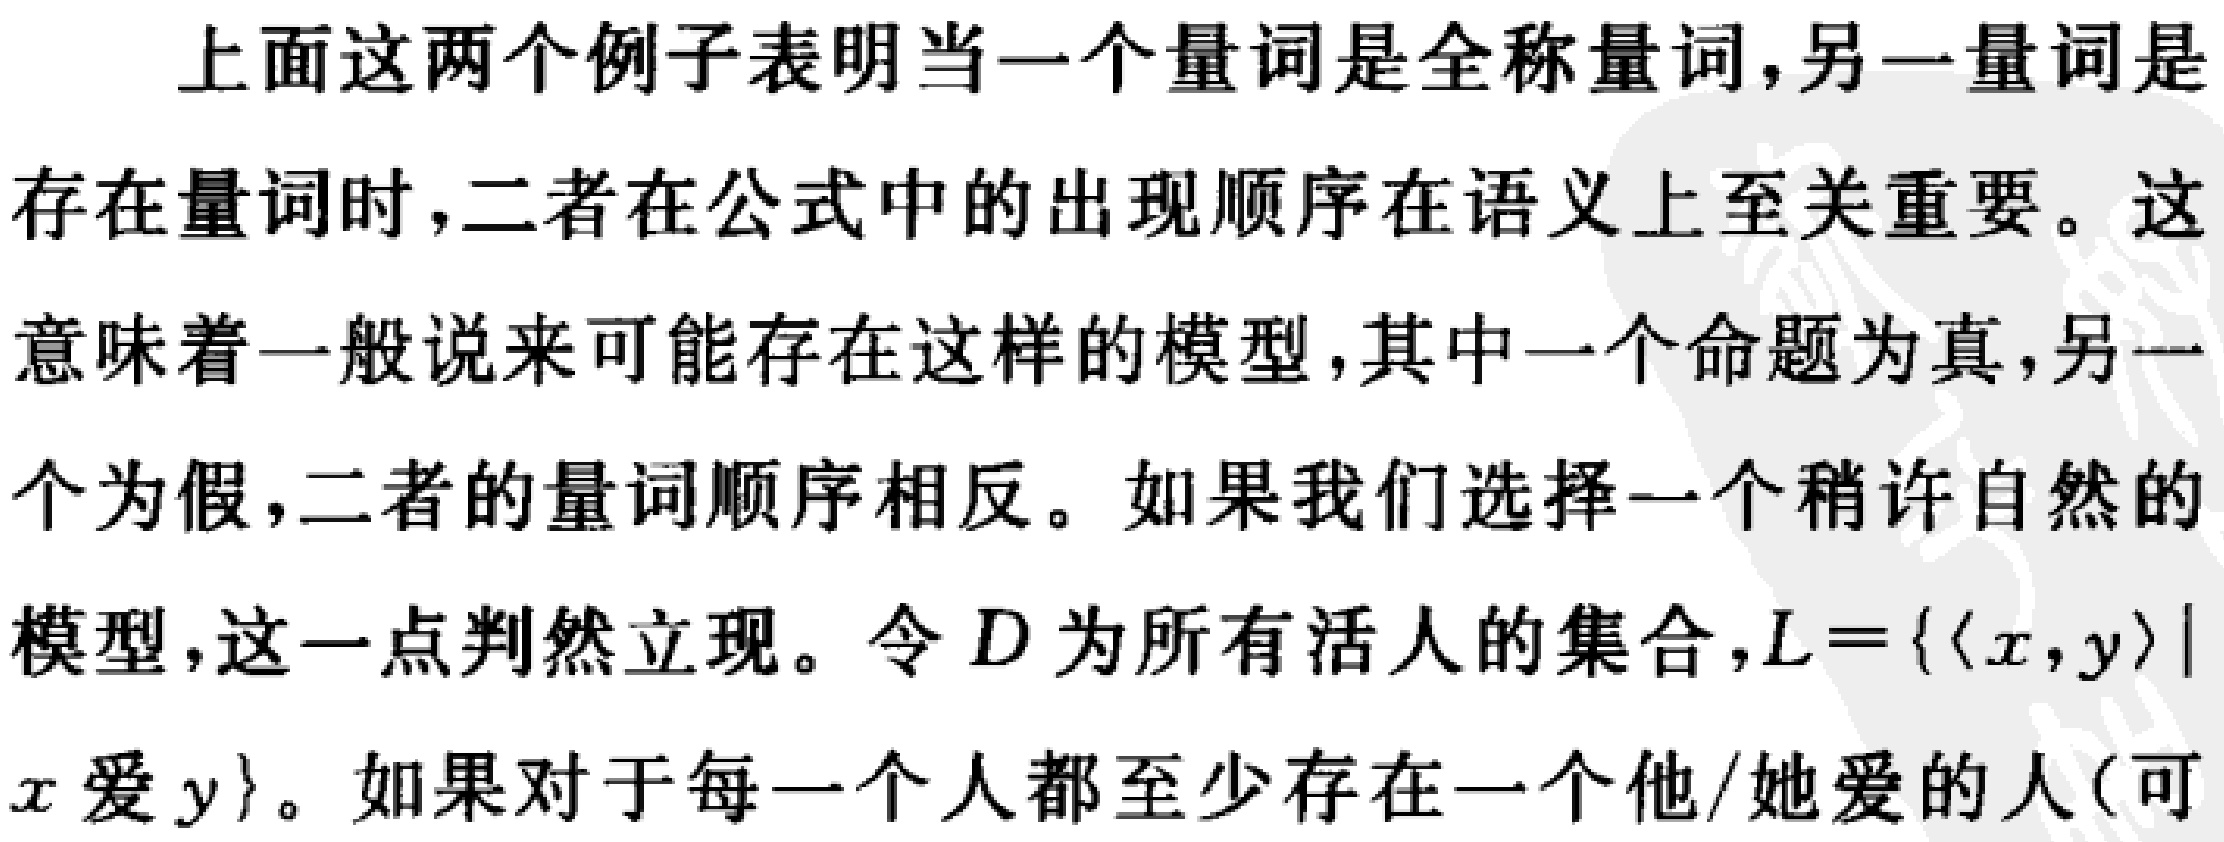
上面这两个例子表明当一个量词是全称量词,另一量词是
存在量词时,二者在公式中的出现顺序在语义上至关重要。这
意味着一般说来可能存在这样的模型,其中一个命题为真,另一
个为假,二者的量词顺序相反。如果我们选择一个稍许自然的
模型,这一点判然立现。令\(D\)为所有活人的集合,\(L = \{ \langle x, y \rangle |\)
\(x\)爱\(y\}\)。如果对于每一个人都至少存在一个他/她爱的人(可